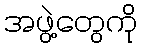
အဖွဲ့တွေကို